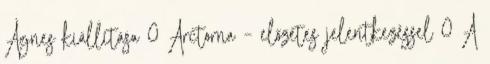
Ágnes kiállítása 0 Arctorna – előzetes jelentkezéssel 0 A